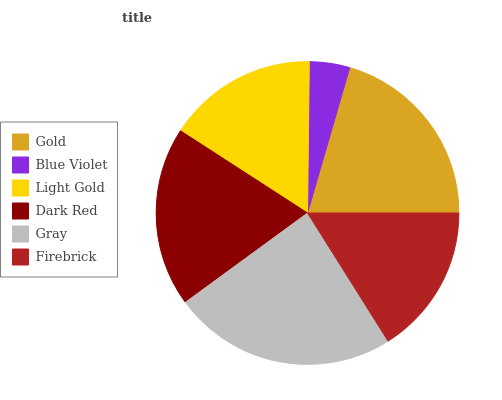
| Gold | Blue Violet | Light Gold | Dark Red | Gray | Firebrick |
 | --- | --- | --- | --- | --- | --- |
 | 20.5% | 4.31% | 16.1% | 19.2% | 23.8% | 16.1% |